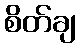
စိတ်ချ